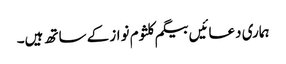
ہماری دعائیں بیگم کلثوم نواز کے ساتھ ہیں۔